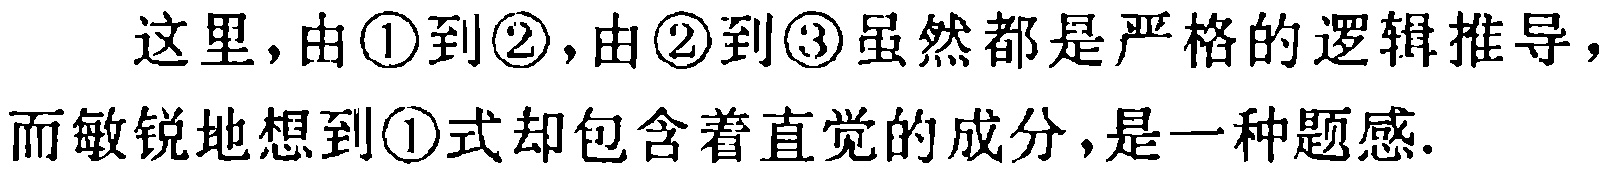
这里，由\textcircled{1}到\textcircled{2}，由\textcircled{2}到\textcircled{3}虽然都是严格的逻辑推导，而敏锐地想到\textcircled{1}式却包含着直觉的成分，是一种题感.